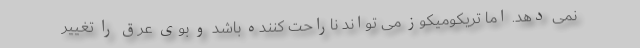
نمی دهد. اما تریکومیکوز می تواند ناراحت کننده باشد و بوی عرق را تغییر